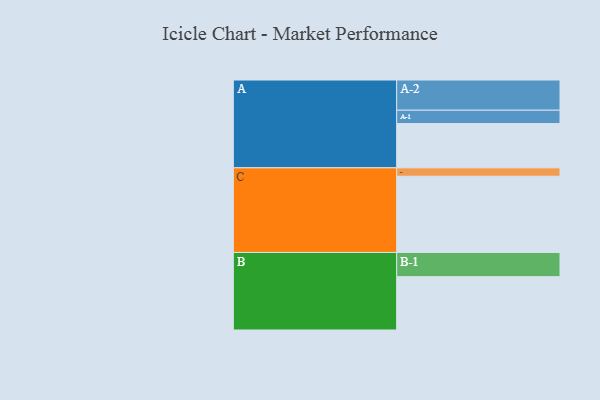
{"axis": {"x": "Segment", "y": "Value"}, "legend": ["", "A", "B", "C"], "data": [{"x": "A", "y": 331, "type": ""}, {"x": "B", "y": 399, "type": ""}, {"x": "C", "y": 570, "type": ""}, {"x": "A-1", "y": 100, "type": "A"}, {"x": "A-2", "y": 226, "type": "A"}, {"x": "B-1", "y": 181, "type": "B"}, {"x": "C-1", "y": 63, "type": "C"}]}